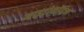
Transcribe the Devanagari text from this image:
माइटोकोंड्रिया